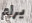
يرام